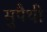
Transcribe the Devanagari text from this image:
सुपैथी